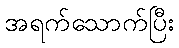
အရက်သောက်ပြီး